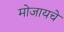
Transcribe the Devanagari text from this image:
मोजायचे